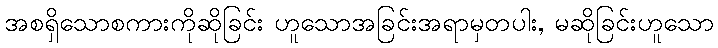
အစရှိသောစကားကိုဆိုခြင်း ဟူသောအခြင်းအရာမှတပါး, မဆိုခြင်းဟူသော